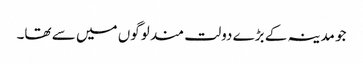
جو مدینہ کے بڑے دولت مند لوگوں میں سے تھا۔